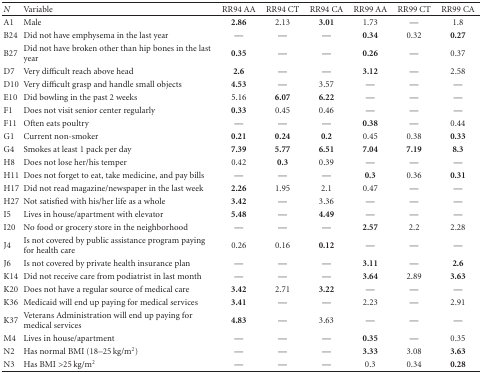
<table><thead><tr><td><b><i>N</i></b></td><td><b>Variable</b></td><td><b>RR94 AA</b></td><td><b>RR94 CT</b></td><td><b>RR94 CA</b></td><td><b>RR99 AA</b></td><td><b>RR99 CT</b></td><td><b>RR99 CA</b></td></tr></thead><tbody><tr><td>A1</td><td>Male</td><td><b>2.86</b></td><td>2.13</td><td><b>3.01</b></td><td>1.73</td><td>—</td><td>1.8</td></tr><tr><td>B24</td><td>Did not have emphysema in the last year</td><td>—</td><td>—</td><td>—</td><td><b>0.34</b></td><td>0.32</td><td><b>0.27</b></td></tr><tr><td>B27</td><td>Did not have broken other than hip bones in the last year</td><td><b>0.35</b></td><td>—</td><td>—</td><td><b>0.26</b></td><td>—</td><td>0.37</td></tr><tr><td>D7</td><td>Very difficult reach above head</td><td><b>2.6</b></td><td>—</td><td>—</td><td><b>3.12</b></td><td>—</td><td>2.58</td></tr><tr><td>D10</td><td>Very difficult grasp and handle small objects</td><td><b>4.53</b></td><td>—</td><td>3.57</td><td>—</td><td>—</td><td>—</td></tr><tr><td>E10</td><td>Did bowling in the past 2 weeks</td><td>5.16</td><td><b>6.07</b></td><td><b>6.22</b></td><td>—</td><td>—</td><td>—</td></tr><tr><td>F1</td><td>Does not visit senior center regularly</td><td><b>0.33</b></td><td>0.45</td><td>0.46</td><td>—</td><td>—</td><td>—</td></tr><tr><td>F11</td><td>Often eats poultry</td><td>—</td><td>—</td><td>—</td><td><b>0.38</b></td><td>—</td><td>0.44</td></tr><tr><td>G1</td><td>Current non-smoker</td><td><b>0.21</b></td><td><b>0.24</b></td><td><b>0.2</b></td><td>0.45</td><td>0.38</td><td><b>0.33</b></td></tr><tr><td>G4</td><td>Smokes at least 1 pack per day</td><td><b>7.39</b></td><td><b>5.77</b></td><td><b>6.51</b></td><td><b>7.04</b></td><td><b>7.19</b></td><td><b>8.3</b></td></tr><tr><td>H8</td><td>Does not lose her/his temper</td><td>0.42</td><td><b>0.3</b></td><td>0.39</td><td>—</td><td>—</td><td>—</td></tr><tr><td>H11</td><td>Does not forget to eat, take medicine, and pay bills</td><td>—</td><td>—</td><td>—</td><td><b>0.3</b></td><td>0.36</td><td><b>0.31</b></td></tr><tr><td>H17</td><td>Did not read magazine/newspaper in the last week</td><td><b>2.26</b></td><td>1.95</td><td>2.1</td><td>0.47</td><td>—</td><td>—</td></tr><tr><td>H27</td><td>Not satisfied with his/her life as a whole</td><td><b>3.42</b></td><td>—</td><td>3.36</td><td>—</td><td>—</td><td>—</td></tr><tr><td>I5</td><td>Lives in house/apartment with elevator</td><td><b>5.48</b></td><td>—</td><td><b>4.49</b></td><td>—</td><td>—</td><td>—</td></tr><tr><td>I20</td><td>No food or grocery store in the neighborhood</td><td>—</td><td>—</td><td>—</td><td><b>2.57</b></td><td>2.2</td><td>2.28</td></tr><tr><td>J4</td><td>Is not covered by public assistance program paying for health care</td><td>0.26</td><td>0.16</td><td><b>0.12</b></td><td>—</td><td>—</td><td>—</td></tr><tr><td>J6</td><td>Is not covered by private health insurance plan</td><td>—</td><td>—</td><td>—</td><td><b>3.11</b></td><td>—</td><td><b>2.6</b></td></tr><tr><td>K14</td><td>Did not receive care from podiatrist in last month</td><td>—</td><td>—</td><td>—</td><td><b>3.64</b></td><td>2.89</td><td><b>3.63</b></td></tr><tr><td>K20</td><td>Does not have a regular source of medical care</td><td><b>3.42</b></td><td>2.71</td><td><b>3.22</b></td><td>—</td><td>—</td><td>—</td></tr><tr><td>K36</td><td>Medicaid will end up paying for medical services</td><td><b>3.41</b></td><td>—</td><td>—</td><td>2.23</td><td>—</td><td>2.91</td></tr><tr><td>K37</td><td>Veterans Administration will end up paying for medical services</td><td><b>4.83</b></td><td>—</td><td>3.63</td><td>—</td><td>—</td><td>—</td></tr><tr><td>M4</td><td>Lives in house/apartment</td><td>—</td><td>—</td><td>—</td><td><b>0.35</b></td><td>—</td><td>0.35</td></tr><tr><td>N2</td><td>Has normal BMI (18–25 kg/m<sup>2</sup>)</td><td>—</td><td>—</td><td>—</td><td><b>3.33</b></td><td>3.08</td><td><b>3.63</b></td></tr><tr><td>N3</td><td>Has BMI &gt;25 kg/m<sup>2</sup></td><td>—</td><td>—</td><td>—</td><td>0.3</td><td>0.34</td><td><b>0.28</b></td></tr></tbody></table>